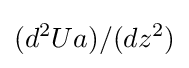
(d^{2}Ua)/(dz^{2})